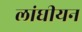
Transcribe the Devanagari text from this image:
लांघीयन